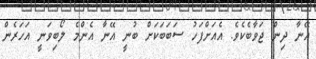
އޭނާ ދިން ޖަވާބެކެވެ. އެއަށްފަހު ސަބަބަކަށް ބުނީ އޭނާ އެންމެ ލޯބިވަނީ އަހަރެން